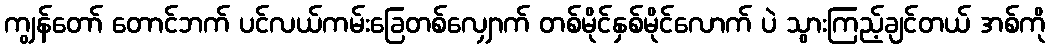
ကျွန်တော် တောင်ဘက် ပင်လယ်ကမ်းခြေတစ်လျှောက် တစ်မိုင်နှစ်မိုင်လောက် ပဲ သွားကြည့်ချင်တယ် အစ်ကို